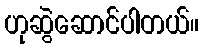
ဟုဆွဲဆောင်ပါတယ်။